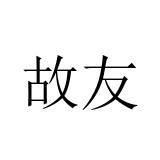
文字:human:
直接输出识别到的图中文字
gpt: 故友